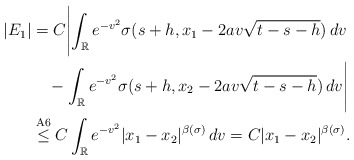
\begin{align*}|E_1|&= C \Biggl|\int_{\mathbb R} e^{-v^2}\sigma(s+h,x_1-2av\sqrt{t-s-h})\, dv\\&\quad{}-\int_{\mathbb R} e^{-v^2}\sigma(s+h,x_2-2av\sqrt{t-s-h})\,dv \Biggr|\\&\stackrel{\rm A6} {\le} C \int_{\mathbb R} e^{-v^2}|x_1-x_2|^{\beta(\sigma)}\,dv =C|x_1-x_2|^{\beta(\sigma)}.\end{align*}